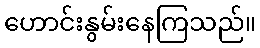
ဟောင်းနွမ်းနေကြသည်။